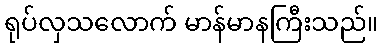
ရုပ်လှသလောက် မာန်မာနကြီးသည်။